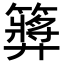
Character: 𥶝